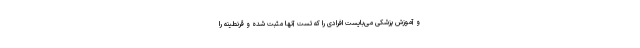
و آموزش پزشکی می‌بایست افرادی را که تست آنها مثبت شده و قرنطینه را